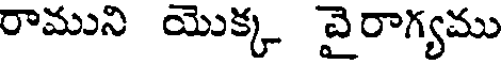
రాముని యొక్క వైరాగ్యము